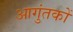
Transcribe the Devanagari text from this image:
आगुंतकों